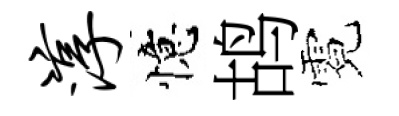
淳憶鸪霓